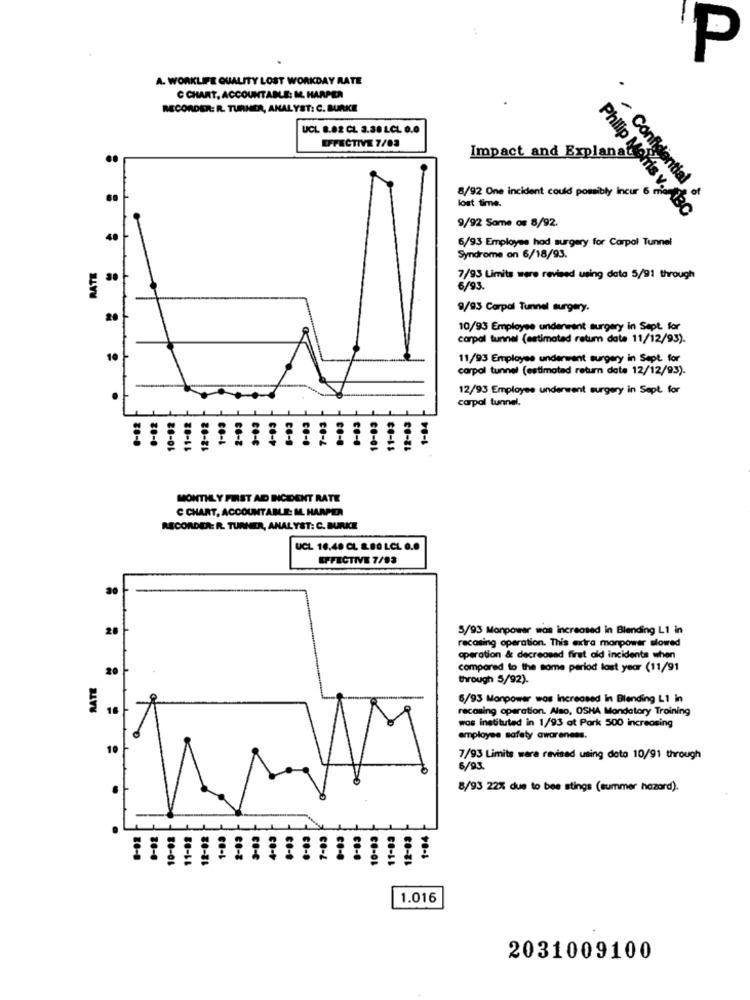
P
A. WORKLIFE QUALITY LOST WORKDAY RATE
C CHART, ACCOUNTABLE: M. HARPER
RECORDER: R. TURNER, ANALYST: C. BURKE
UCL 8.82 CL 3.38 LCL 0.0
EFFECTIVE 7/03
..
8/92 One incident could possibly incur 6 m
lost time.
* ~ Confidential &
topact and Explana ns v. ABen
9/92 Some os 8/92.
Philip Morris v. ABC
40
6/93 Employee had surgery for Carpal Tunnel
RATE
Syndrome on 6/18/93.
7/93 Limits were revised using data 5/91 through
6/93.
9/93 Carpal Tunnel surgery.
20
10/93 Employee underwent surgery in Sept. for
carpal tunnel (estimated ratum date 11/12/93).
10
11/93 Employee underwent surgery in Sept. for
carpal tunnel (estimotad return date 12/12/93).
12/93 Employee underwent surgery in Sept. for
.
carpal tunnel.
11-02
12-02
1-84
10-8
co-
co-
ce-
MONTHLY FIRST AID INCIDENT RATE
C CHART, ACCOUNTABLE: M. HANPER
RECORDER: R. TURNER, ANALYST: C. BURKE
UCL 16,48 CL 8.80 LCL 0.0
EFFECTIVE 7/93
20
5/93 Manpower was increased in Blending L1 in
recasing operation. This extra manpower slowed
operation & decreased first old incidents when
20
compared to the some period last year (11/91
through 5/92).
6/93 Manpower wos Increased In Blending L1 in
16
recasing operation. Also, OSHA Mandatory Training
wos instituted in 1/93 at Park 500 increasing
employee safety awareness.
10
7/93 Limits were revised using data 10/91 through
6/93.
.
8/93 22% due to bee stings (summer hazard).
11-88
11-03
1-04
10-8
co-
CO-€
1.016
2031009100